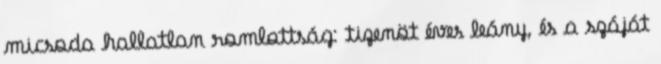
micsoda hallatlan romlottság: tizenöt éves leány, és a száját